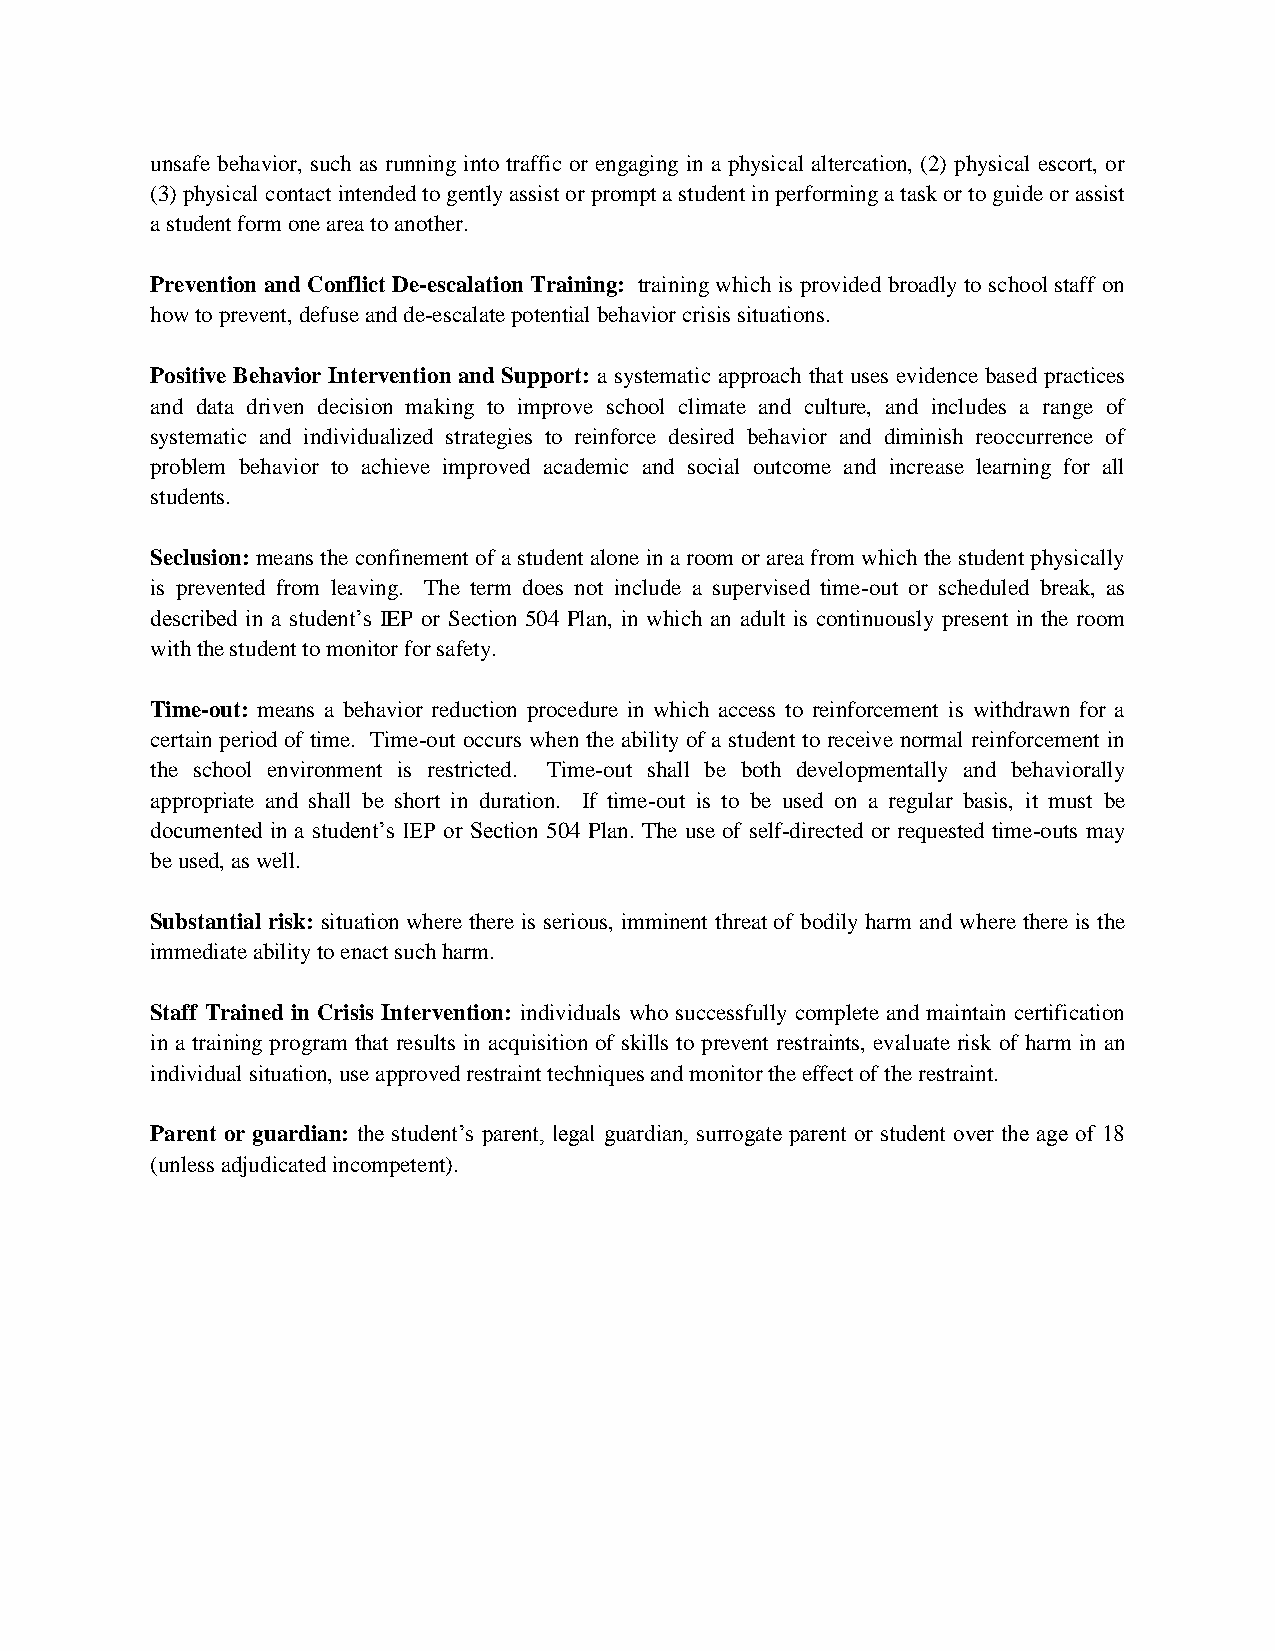
unsafe behavior, such as running into traffic or engaging in a physical altercation, (2) physical escort, or
 (3) physical contact intended to gently assist or prompt a student in performing a task or to guide or assist
 a student form one area to another.
 Prevention and Conflict De-escalation Training: training which is provided broadly to school staff on
 how to prevent, defuse and de-escalate potential behavior crisis situations.
 Positive Behavior Intervention and Support: a systematic approach that uses evidence based practices
 and data driven decision making to improve school climate and culture, and includes a range of
 systematic and individualized strategies to reinforce desired behavior and diminish reoccurrence of
 problem behavior to achieve improved academic and social outcome and increase learning for all
 students.
 Seclusion: means the confinement of a student alone in a room or area from which the student physically
 is prevented from leaving. The term does not include a supervised time-out or scheduled break, as
 described in a student’s IEP or Section 504 Plan, in which an adult is continuously present in the room
 with the student to monitor for safety.
 Time-out: means a behavior reduction procedure in which access to reinforcement is withdrawn for a
 certain period of time. Time-out occurs when the ability of a student to receive normal reinforcement in
 the school environment is restricted. Time-out shall be both developmentally and behaviorally
 appropriate and shall be short in duration. If time-out is to be used on a regular basis, it must be
 documented in a student’s IEP or Section 504 Plan. The use of self-directed or requested time-outs may
 be used, as well.
 Substantial risk: situation where there is serious, imminent threat of bodily harm and where there is the
 immediate ability to enact such harm.
 Staff Trained in Crisis Intervention: individuals who successfully complete and maintain certification
 in a training program that results in acquisition of skills to prevent restraints, evaluate risk of harm in an
 individual situation, use approved restraint techniques and monitor the effect of the restraint.
 Parent or guardian: the student’s parent, legal guardian, surrogate parent or student over the age of 18
 (unless adjudicated incompetent).